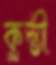
কুস্তী